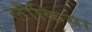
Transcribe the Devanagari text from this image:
लौकिया